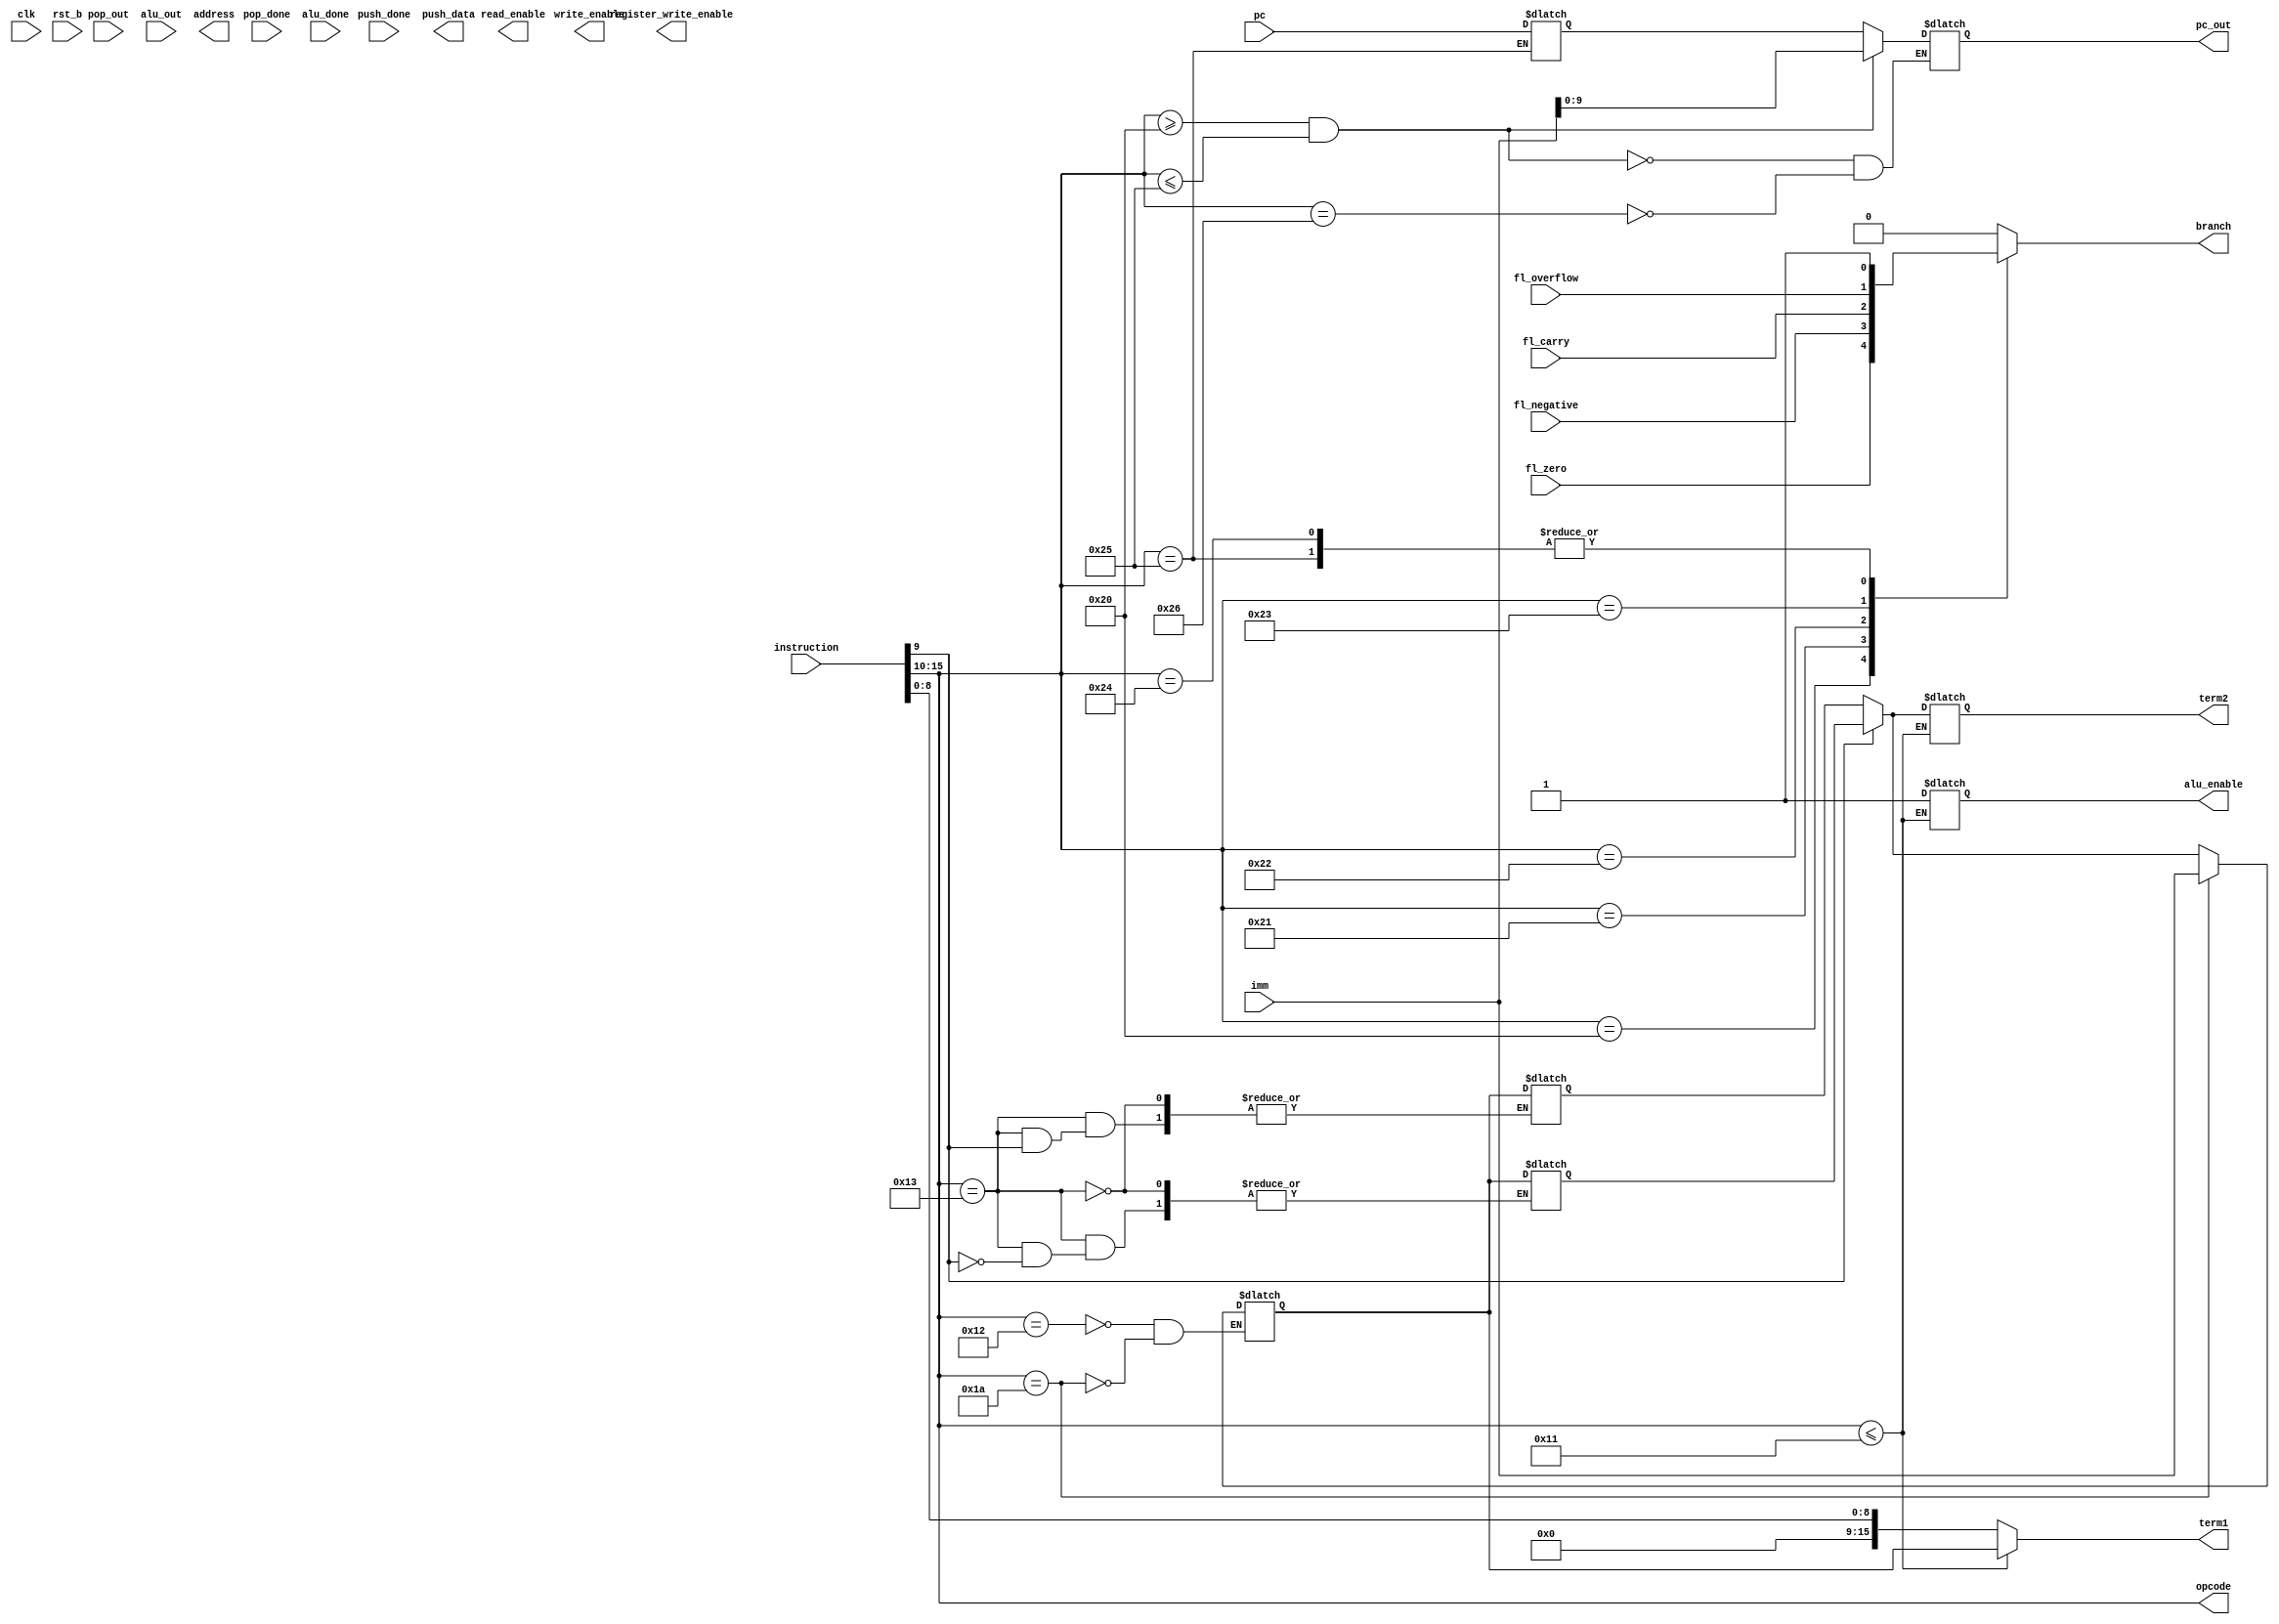
module CU
(
    input clk,
    input rst_b,
    input fl_zero,
    input fl_negative,
    input fl_carry,
    input fl_overflow,
    input [15:0] instruction,
    input [15:0] imm,
    input [9:0] pc,
    input [15:0] pop_out,
    input pop_done,
    input push_done,
    input [15:0] alu_out,
    input alu_done,
    output reg [5:0] opcode,
    output reg [9:0] pc_out,
    output reg register_write_enable,
    output reg [15:0] address,
    output reg [15:0] push_data,
    output reg [15:0] write_enable,
    output reg [15:0] read_enable,
    output reg [15:0] term1,
    output reg [15:0] term2,
    output reg alu_enable,
    output reg branch
);

reg register_bit;
reg [15:0] x;
reg [15:0] y;
reg [15:0] acc;
reg [9:0] lr;
reg [15:0] sp;

always @(*) begin
    branch = 0;
    opcode = instruction[15:10];
    register_bit = instruction[9];
    term1 = instruction[8:0];
    if (opcode <= 17) begin
        term1 = acc;
        if (register_bit == 0)
            term2 = x;
        else
            term2 = y;
        alu_enable = 1;
    end
    case(opcode)
        6'b010010: begin                         //LOAD
            if (register_bit == 0)
                acc = x;
            else
                acc = y;
        end
        6'b010011: begin                         //STORE
            if (register_bit == 0)
                x = acc;
            else
                y = acc;
        end
        6'b011010: begin                         //INP
            acc = imm;
        end
        6'b011011: begin                         //OUT
            $display("%d", acc);
        end
        6'b100000: begin                         //BRZ
            branch = fl_zero;
        end
        6'b100001: begin                         //BRN
            branch = fl_negative;
        end
        6'b100010: begin                         //BRC
            branch = fl_carry;
        end
        6'b100011: begin                         //BRO
            branch = fl_overflow;
        end
        6'b100100: begin                         //BRA
            branch = 1;
        end
        6'b100101: begin                         //JMP
            branch = 1;
            lr = pc;
        end
        6'b100110: begin                         //RET
            branch = 0;
            pc_out = lr;
        end
    endcase
    if (opcode >= 32 && opcode <= 37) begin
       pc_out = imm;
    end
end
endmodule